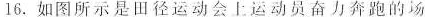
16.如图所示是田径运动会上运动员奋力奔跑的场